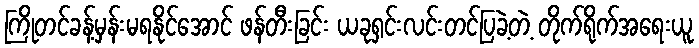
ကြိုတင်ခန့်မှန်းမရနိုင်အောင် ဖန်တီးခြင်း ယခုရှင်းလင်းတင်ပြခဲ့တဲ့ တိုက်ရိုက်အရေးယူ